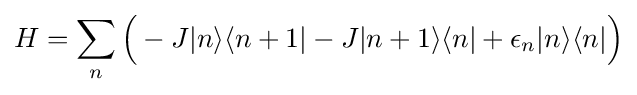
H=\sum _{n}{\Bigl (}-J|n\rangle \langle n+1|-J|n+1\rangle \langle n|+\epsilon _{n}|n\rangle \langle n|{\Bigr )}